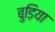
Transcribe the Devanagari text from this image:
बुड़िया